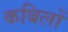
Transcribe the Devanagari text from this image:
कबिलों